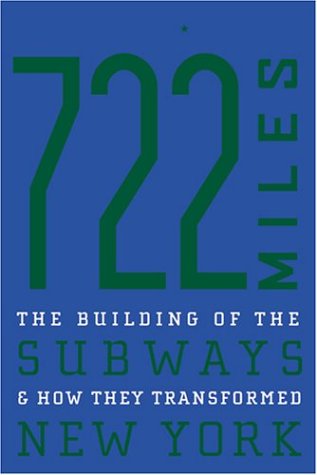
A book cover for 722 Miles: The Building of the Subways and How They Transformed New York; Clifton Hood; Engineering & Transportation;